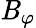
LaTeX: \mathit{B}_{\varphi}